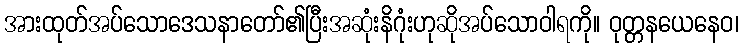
အားထုတ်အပ်သောဒေသနာတော်၏ပြီးအဆုံးနိဂုံးဟုဆိုအပ်သောဝါရကို။ ဝုတ္တနယေနေဝ၊